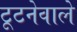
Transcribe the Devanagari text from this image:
टूटनेवाले